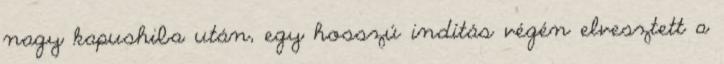
nagy kapushiba után, egy hosszú indítás végén elvesztett a